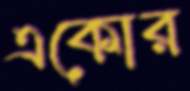
একোর